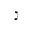
\gimel